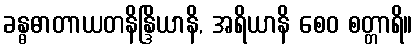
ခန္ဓဓာတာယတနိန္ဒြိယာနိ, အရိယာနိ စေဝ စတ္တာရိ။